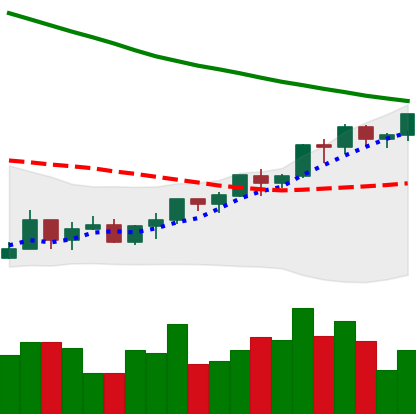
Ticker: LTC-USD
Chart end date: 2022-03-27
Forward return: -3.489%
Label: down_3_5